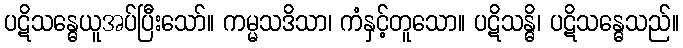
ပဋိသန္ဓေယူအပ်ပြီးသော်။ ကမ္မသဒိသာ၊ ကံနှင့်တူသော။ ပဋိသန္ဓိ၊ ပဋိသန္ဓေသည်။